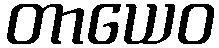
တာယေဝ